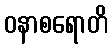
ဝနာစရောတိ